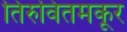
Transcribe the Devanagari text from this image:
तिरुवितमकूर